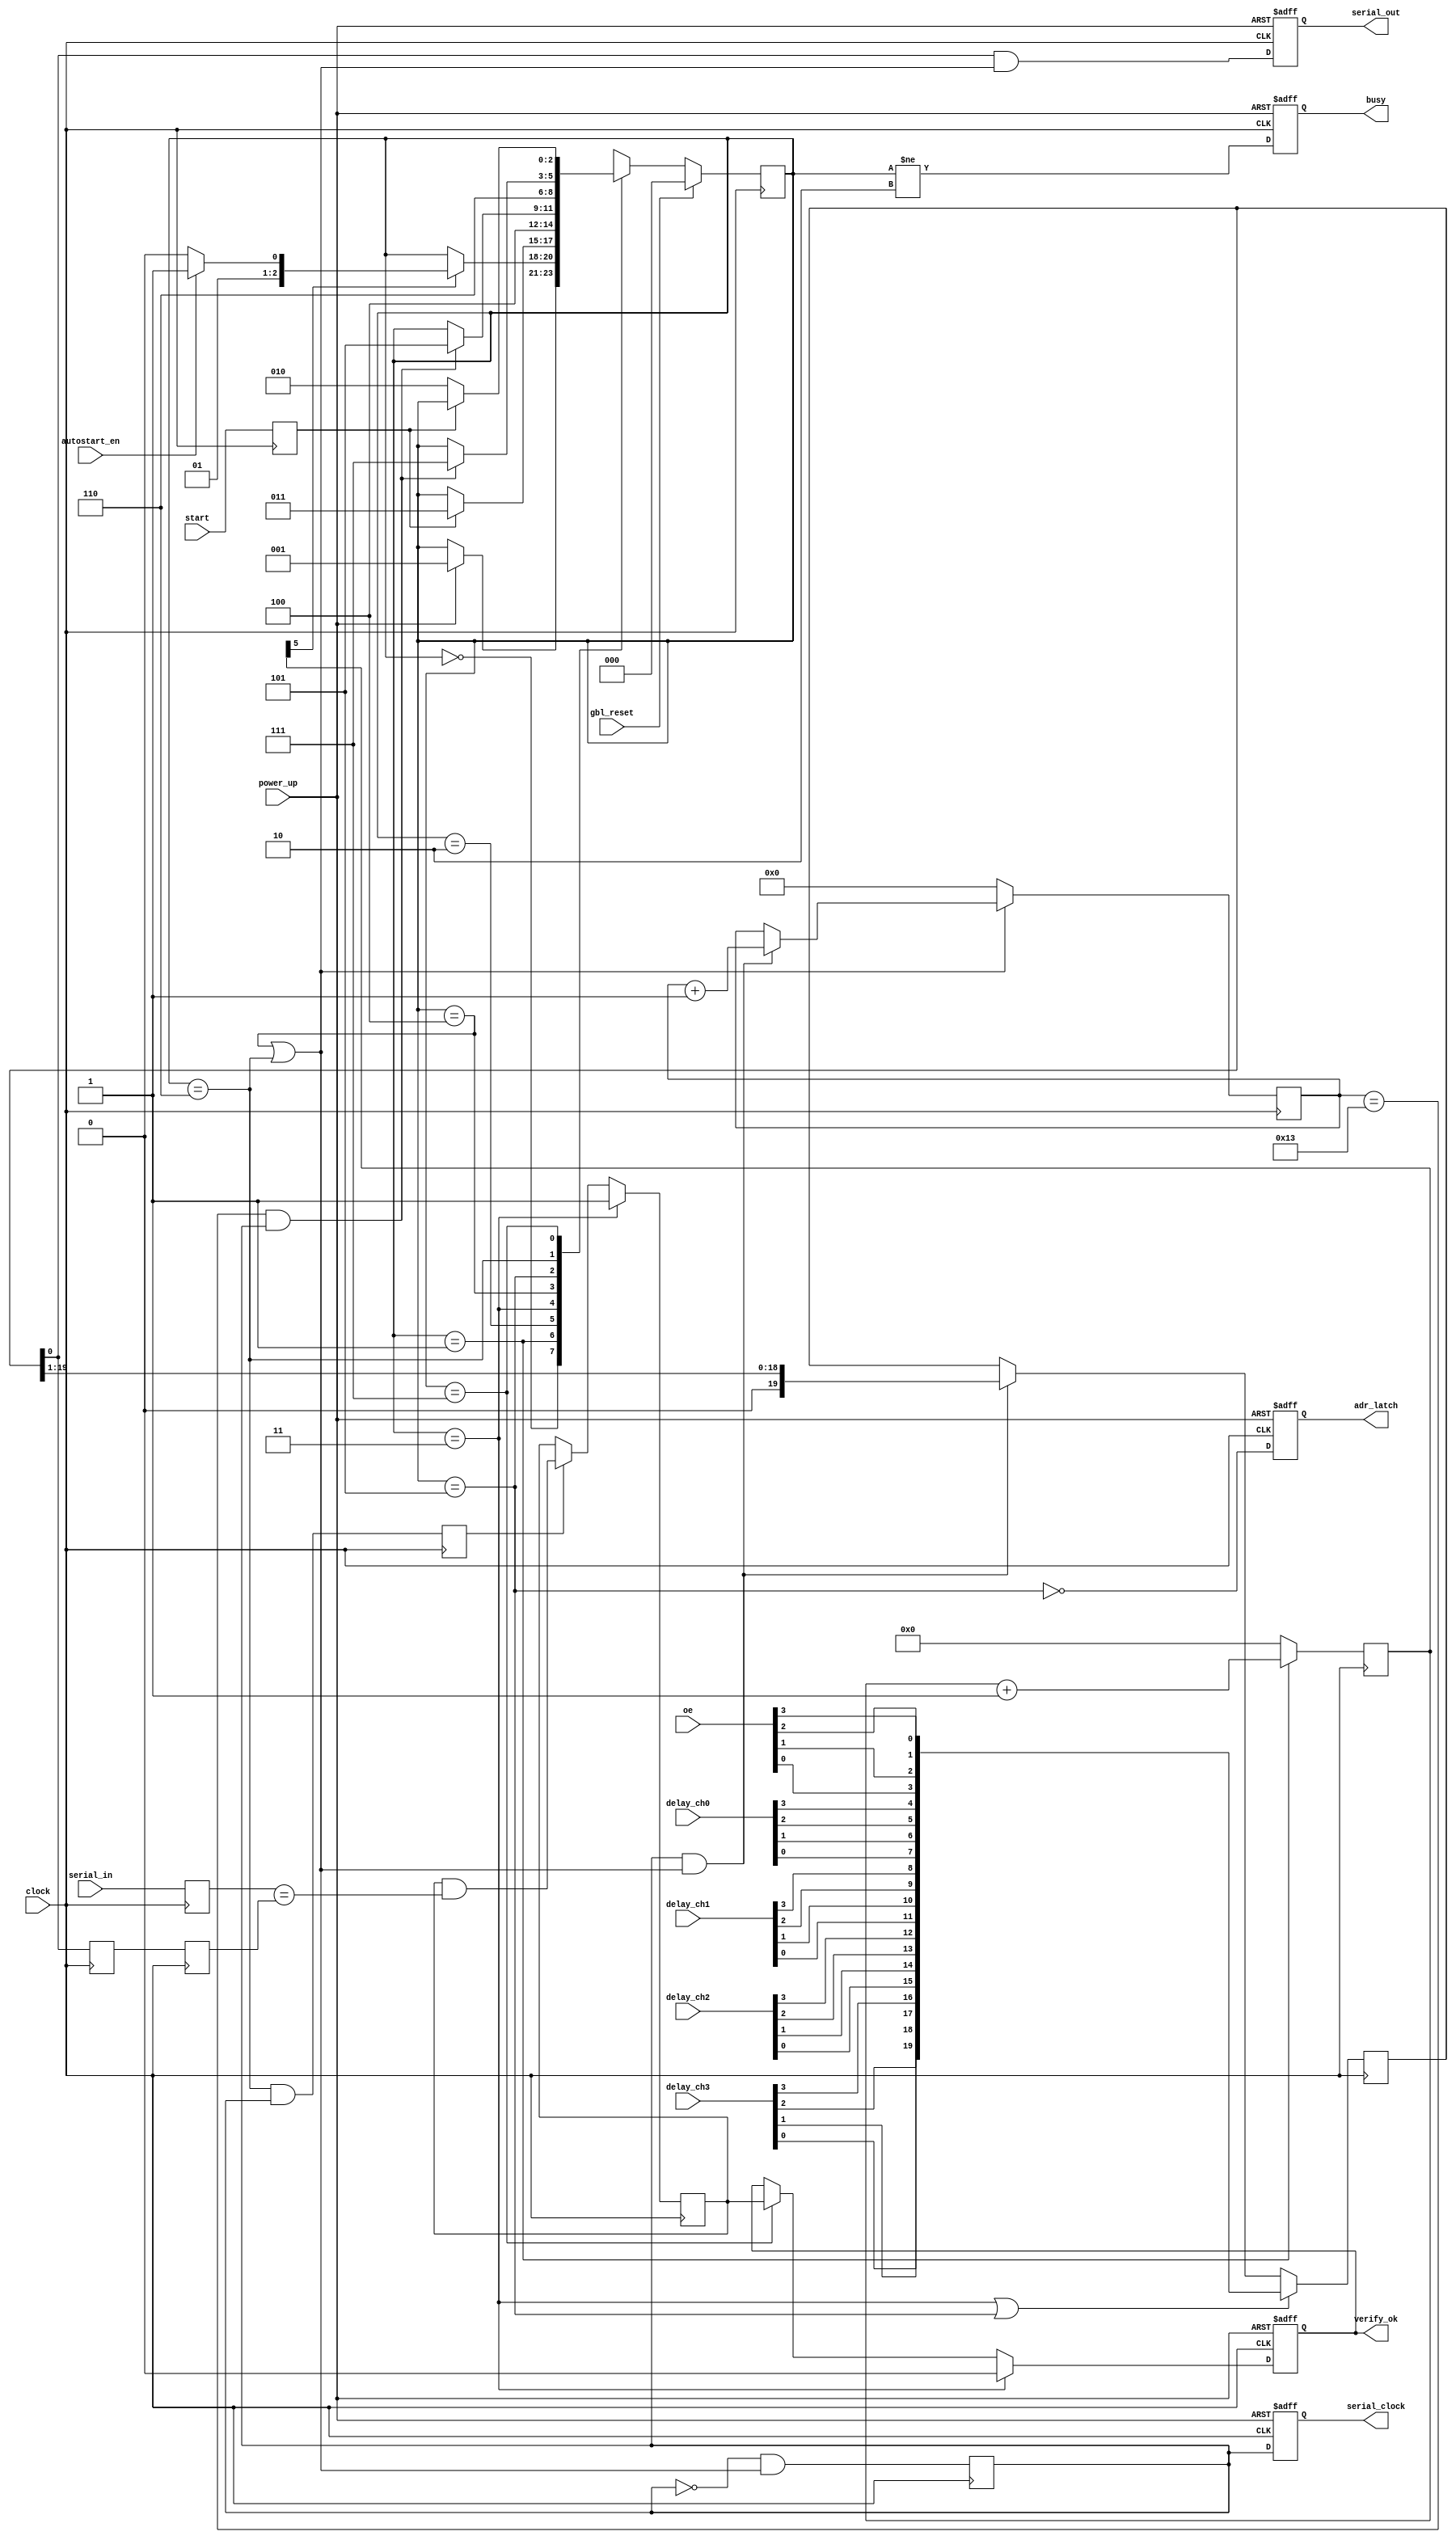
`timescale 1ns / 1ps
//-----------------------------------------------------------------------------------------------------------
// Programs Data Delay Devices 3D3444 clock delays on power-up
//
//
// 09/26/03	Initial
// 10/03/03 Power_up now comes from vme
// 10/13/03 Enabled all chip outputs
// 12/11/03 Add global reset
// 12/16/03 OE now programmable
// 09/22/05 Mod for ISE 7.1i
// 10/07/05 Copy from bdtest_v5
// 10/17/05 Mod to run with only 1 3d chip
// 11/29/05 Make verify OK go low on startup
//
//-----------------------------------------------------------------------------------------------------------
	module ddd_rat
	(
	clock,
	gbl_reset,
	power_up,
	start,
	autostart_en,
	oe,

	delay_ch0,
	delay_ch1,
	delay_ch2,
	delay_ch3,

	serial_clock,
	serial_out,
	adr_latch,
	serial_in,

	busy,
	verify_ok

// Debug
//	powerup_done,
//	ddd_sm
	);

// I/O Ports
	input			clock;				// Delay chip data clock
	input			gbl_reset;			// Global reset
	input			power_up;			// DLL clock lock, we wait for it
	input			start;				// Cycle start command
	input			autostart_en;		// Enable automatic power-up
	input	[3:0]	oe; 				// Output enables 4'hF=enable all

	input	[3:0]	delay_ch0;			// Channel  0 delay steps
	input	[3:0]	delay_ch1;			// Channel  1 delay steps
	input	[3:0]	delay_ch2;			// Channel  2 delay steps
	input	[3:0]	delay_ch3;			// Channel  3 delay steps

	output			serial_clock;		// 3D3444 clock
	output			serial_out;			// 3D3444 data
	output			adr_latch;			// 3D3444 adr strobe
	input			serial_in;			// 3D3444 verify

	output			busy;				// State machine busy writing
	output			verify_ok;			// Data readback verified OK

// Debug
//	output			powerup_done;
//	output	 [2:0]	ddd_sm;

// Registered outputs
	reg				serial_clock;
	reg				serial_out;
	reg				adr_latch;
	reg				busy;
	reg				verify_ok;

// FFs
	reg				start_ff;

// Local
	wire	[19:0]	tx_bit;

// State Machine declarations
	reg		 [2:0]	ddd_sm;

	parameter wait_fpga		=	3'd0;
	parameter wait_powerup	=	3'd1;
	parameter idle			=	3'd2;
	parameter init			=	3'd3;
	parameter write			=	3'd4;
	parameter latch			=	3'd5;
	parameter verify		=	3'd6;
	parameter unstart		=	3'd7;

	// synthesis attribute safe_implementation of ddd_sm is "yes";
	// synthesis attribute init                of ddd_sm is wait_fpga;

// FF buffer state machine trigger inputs
	always @(posedge clock) begin
	start_ff		<= start;
	end

// Power-up counter, wait for RAT to settle after power-on
	parameter MXPUP = 5;
	reg [MXPUP:0] powerup_cnt;

	always @(posedge clock) begin
	if (ddd_sm == wait_powerup)	powerup_cnt = powerup_cnt + 1;
	else						powerup_cnt = 0;
	end

	wire powerup_done =	powerup_cnt[MXPUP];	// Full count

// Serial data template
	assign	tx_bit[ 0]	= oe[3];			// Output Enables
	assign	tx_bit[ 1]	= oe[2];
	assign	tx_bit[ 2]	= oe[1];
	assign	tx_bit[ 3]	= oe[0];

	assign	tx_bit[ 4]	= delay_ch0[3];		// Delay Channel 0
	assign	tx_bit[ 5]	= delay_ch0[2];
	assign	tx_bit[ 6]	= delay_ch0[1];
	assign	tx_bit[ 7]	= delay_ch0[0];

	assign	tx_bit[ 8]	= delay_ch1[3];		// Delay Channel 1
	assign	tx_bit[ 9]	= delay_ch1[2];
	assign	tx_bit[10]	= delay_ch1[1];
	assign	tx_bit[11]	= delay_ch1[0];

	assign	tx_bit[12]	= delay_ch2[3];		// Delay Channel 2
	assign	tx_bit[13]	= delay_ch2[2];
	assign	tx_bit[14]	= delay_ch2[1];
	assign	tx_bit[15]	= delay_ch2[0];

	assign	tx_bit[16]	= delay_ch3[3];		// Delay Channel 3
	assign	tx_bit[17]	= delay_ch3[2];
	assign	tx_bit[18]	= delay_ch3[1];
	assign	tx_bit[19]	= delay_ch3[0];

// Serial clock runs at 1/2 clock speed to meet 3D4444 set up timing
	reg clock_half;

	always @(posedge clock) begin
	clock_half	= ~clock_half & (ddd_sm == write || ddd_sm == verify);
	end

// Write Serial data counter  
	reg	[4:0] write_cnt;

	wire write_cnt_clr	= !((ddd_sm == write) || (ddd_sm == verify)); 
	wire write_cnt_en	= (clock_half == 1) && ((ddd_sm == write) || (ddd_sm == verify));

	always @(posedge clock) begin
	if		(write_cnt_clr) write_cnt = 0;
	else if	(write_cnt_en ) write_cnt = write_cnt + 1;
	end

	wire write_done	= (write_cnt == 'd19) && (clock_half == 1);
	wire verify_done= (write_cnt == 'd19) && (clock_half == 1);

// Serial data shift register
	reg		[19:0]	shift_reg;
	wire sin = 1'b0;

	wire shift_en	= (clock_half == 1) && ((ddd_sm == write) || (ddd_sm == verify));	// Shift between serial_clock edges
	wire shift_load	= (ddd_sm == init) || (ddd_sm == latch);
 	
	always @(posedge clock) begin
	if		(shift_load) shift_reg = tx_bit[19:0];			// sync load
	else if (shift_en) begin								// shift enable
	shift_reg[19:0] = {sin,shift_reg[19:1]};				// shift right	
	end
	end
	wire	shiftout = shift_reg[0];

// Compare readback to expected data, latches 0 on any error, resets on init
	reg serial_in_ff;
	reg	shiftout_ff0;
	reg shiftout_ff1;
	reg compare;
	reg check_enable;

	always @(posedge clock) begin
	serial_in_ff <= serial_in;
	shiftout_ff0 <= shiftout;
	shiftout_ff1 <= shiftout_ff0;
	check_enable <= (ddd_sm == verify) && (clock_half == 1);
	end

	always @(posedge clock) begin
	if		(ddd_sm == init)compare = 1;
	else if	(check_enable) 	compare = compare & (serial_in_ff == shiftout_ff1);
	end

// Hold adr latch high, serial data out and clock low when not shifting out data, FF'd to remove LUT glitches
	wire sm_init = !power_up;

	always @(posedge clock or posedge sm_init) begin
	if (sm_init) begin
	 serial_clock	<= 1'b0;
	 serial_out		<= 1'b0;
	 adr_latch		<= 1'b1;
	 busy			<= 1'b0;
	end
	else begin
	 serial_clock	<= clock_half;
	 serial_out		<= shiftout & ((ddd_sm == write) || (ddd_sm == verify));
	 adr_latch		<= ~(ddd_sm == latch);
	 busy			<= ddd_sm != idle;
	end
	end

// Verify OK ff, clears on power up, or start, and latchs after readback
	always @(posedge clock or posedge sm_init) begin
	if		(sm_init)			verify_ok <= 1'b0;
	else if (ddd_sm == init)	verify_ok <= 1'b0;
	else if (ddd_sm == unstart)	verify_ok <= compare;
	end

// DDD State machine
	always @(posedge clock) begin
	if(gbl_reset)
	ddd_sm = wait_fpga;
	else begin
	case (ddd_sm)
	
	wait_fpga:										// Wait for FPGA DLLs to lock
	 if (power_up)		ddd_sm = wait_powerup;		// FPGA is ready

	wait_powerup:									// Wait for RAT board to power-up
	 if (powerup_done)								// Board is powered-up
	 begin
	 if (autostart_en)	ddd_sm = init;				// Start cycle if autostart enabled
	 else				ddd_sm = idle;				// Otherwise stay idle
	 end

	idle:											// Wait for JTAG command to program
	 if (start_ff)		ddd_sm = init;				// Start arrived

	init:				ddd_sm = write;				// Initialize

	write:											// Transmit clock and serial data
	 if (write_done)	ddd_sm = latch;				// All data sent

	latch:				ddd_sm = verify;			// Address latch

	verify:											// Read back data
	 if (verify_done)	ddd_sm = unstart;			// All data compared
	
	unstart:
	 if(!start_ff)		ddd_sm = idle;				// Wait for JTAG write command to go away

	default				ddd_sm = wait_fpga;
	endcase
	end
	end

	endmodule